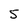
Character: 5